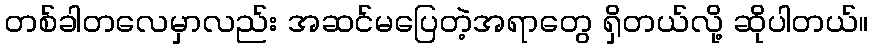
တစ်ခါတလေမှာလည်း အဆင်မပြေတဲ့အရာတွေ ရှိတယ်လို့ ဆိုပါတယ်။